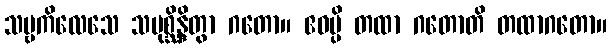
သဗ္ဗကိလေသေ သမုစ္ဆိန္ဒိတွာ ဂတော။ ဧဝမ္ပိ တထာ ဂတောတိ တထာဂတော။